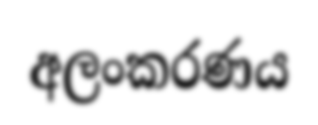
අලංකරණය